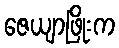
ဇေယျာဖြိုးက